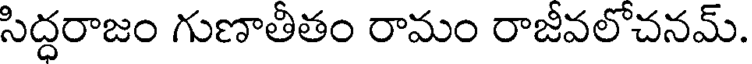
సిద్ధరాజం గుణాతీతం రామం రాజీవలోచనమ్.